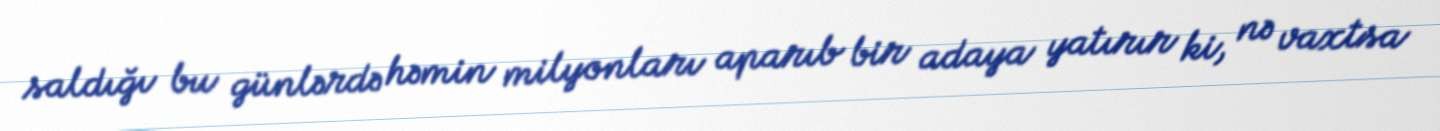
saldığı bu günlərdə həmin milyonları aparıb bir adaya yatırır ki, nə vaxtsa